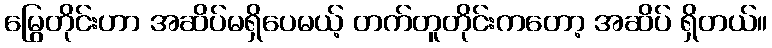
မြွေတိုင်းဟာ အဆိပ်မရှိပေမယ့် တက်တူတိုင်းကတော့ အဆိပ် ရှိတယ်။